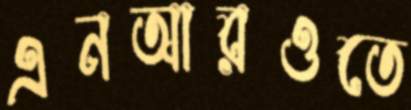
এনআরওতে